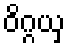
ဝိဂ္ဂယှ